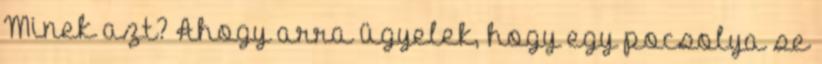
Minek azt? Ahogy arra ügyelek, hogy egy pocsolya se